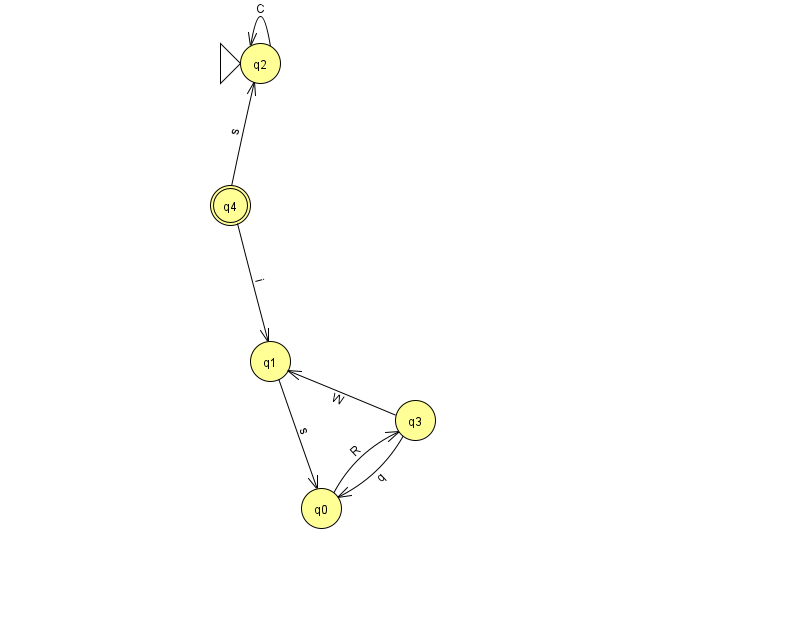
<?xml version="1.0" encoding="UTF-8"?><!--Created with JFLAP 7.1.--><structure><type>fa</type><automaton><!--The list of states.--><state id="0" name="q0"><x>321.0</x><y>495.0</y></state><state id="1" name="q1"><x>270.0</x><y>348.0</y></state><state id="2" name="q2"><x>260.0</x><y>50.0</y><initial/></state><state id="3" name="q3"><x>415.0</x><y>407.0</y></state><state id="4" name="q4"><x>230.0</x><y>192.0</y><final/></state><!--The list of transitions.--><transition><from>2</from><to>2</to><read>C</read></transition><transition><from>0</from><to>3</to><read>R</read></transition><transition><from>1</from><to>0</to><read>s</read></transition><transition><from>3</from><to>0</to><read>q</read></transition><transition><from>3</from><to>1</to><read>W</read></transition><transition><from>4</from><to>2</to><read>s</read></transition><transition><from>4</from><to>1</to><read>i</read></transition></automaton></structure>